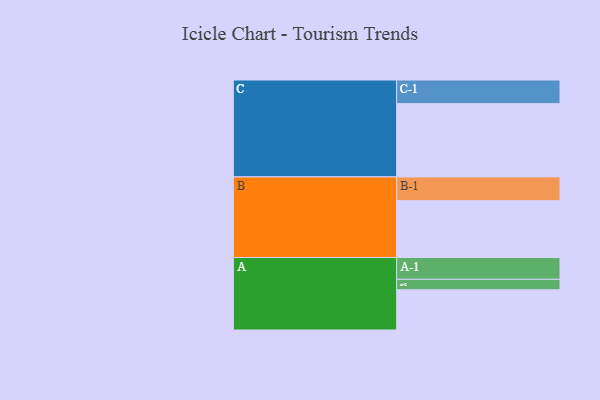
{"axis": {"x": "Segment", "y": "Value"}, "legend": ["", "A", "B", "C"], "data": [{"x": "A", "y": 303, "type": ""}, {"x": "B", "y": 428, "type": ""}, {"x": "C", "y": 552, "type": ""}, {"x": "A-1", "y": 164, "type": "A"}, {"x": "A-2", "y": 79, "type": "A"}, {"x": "B-1", "y": 179, "type": "B"}, {"x": "C-1", "y": 178, "type": "C"}]}